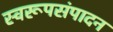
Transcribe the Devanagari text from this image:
स्वरूपसंपादन